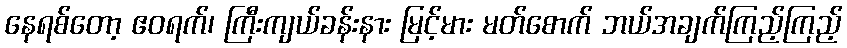
နေရစ်တော့ ဧဝရက်၊ ကြီးကျယ်ခန်းနား မြင့်မား မတ်စောက် ဘယ်အချက်ကြည့်ကြည့်